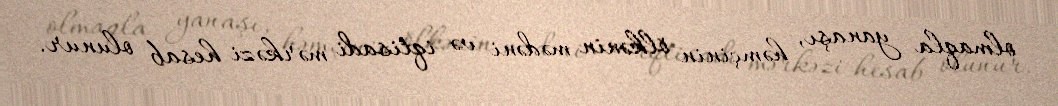
olmaqla yanaşı, həmçinin ölkənin mədəni və iqtisadi mərkəzi hesab olunur.